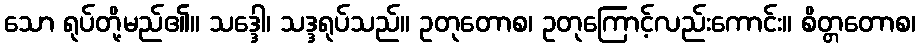
သော ရုပ်တို့မည်၏။ သဒ္ဒေါ၊ သဒ္ဒရုပ်သည်။ ဥတုတောစ၊ ဥတုကြောင့်လည်းကောင်း။ စိတ္တတောစ၊